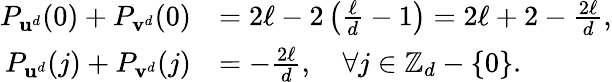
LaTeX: \begin{array}{rl}{P_{\mathbf{u}^{d}}(0)+P_{\mathbf{v}^{d}}(0)}&{=2\ell-2\left(\frac{\ell}{d}-1\right)=2\ell+2-\frac{2\ell}{d},}\\ {P_{\mathbf{u}^{d}}(j)+P_{\mathbf{v}^{d}}(j)}&{=-\frac{2\ell}{d},\quad\forall j\in\mathbb{Z}_{d}-\{ 0\} .}\end{array}